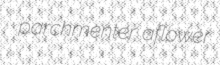
parchmenter aflower